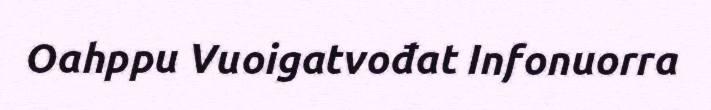
Oahppu Vuoigatvođat Infonuorra